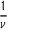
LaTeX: \frac { 1 } { \nu }